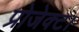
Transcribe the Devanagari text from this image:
प्रोजेक्ट।